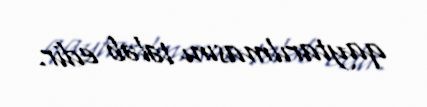
qaytarılmasını tələb edir.